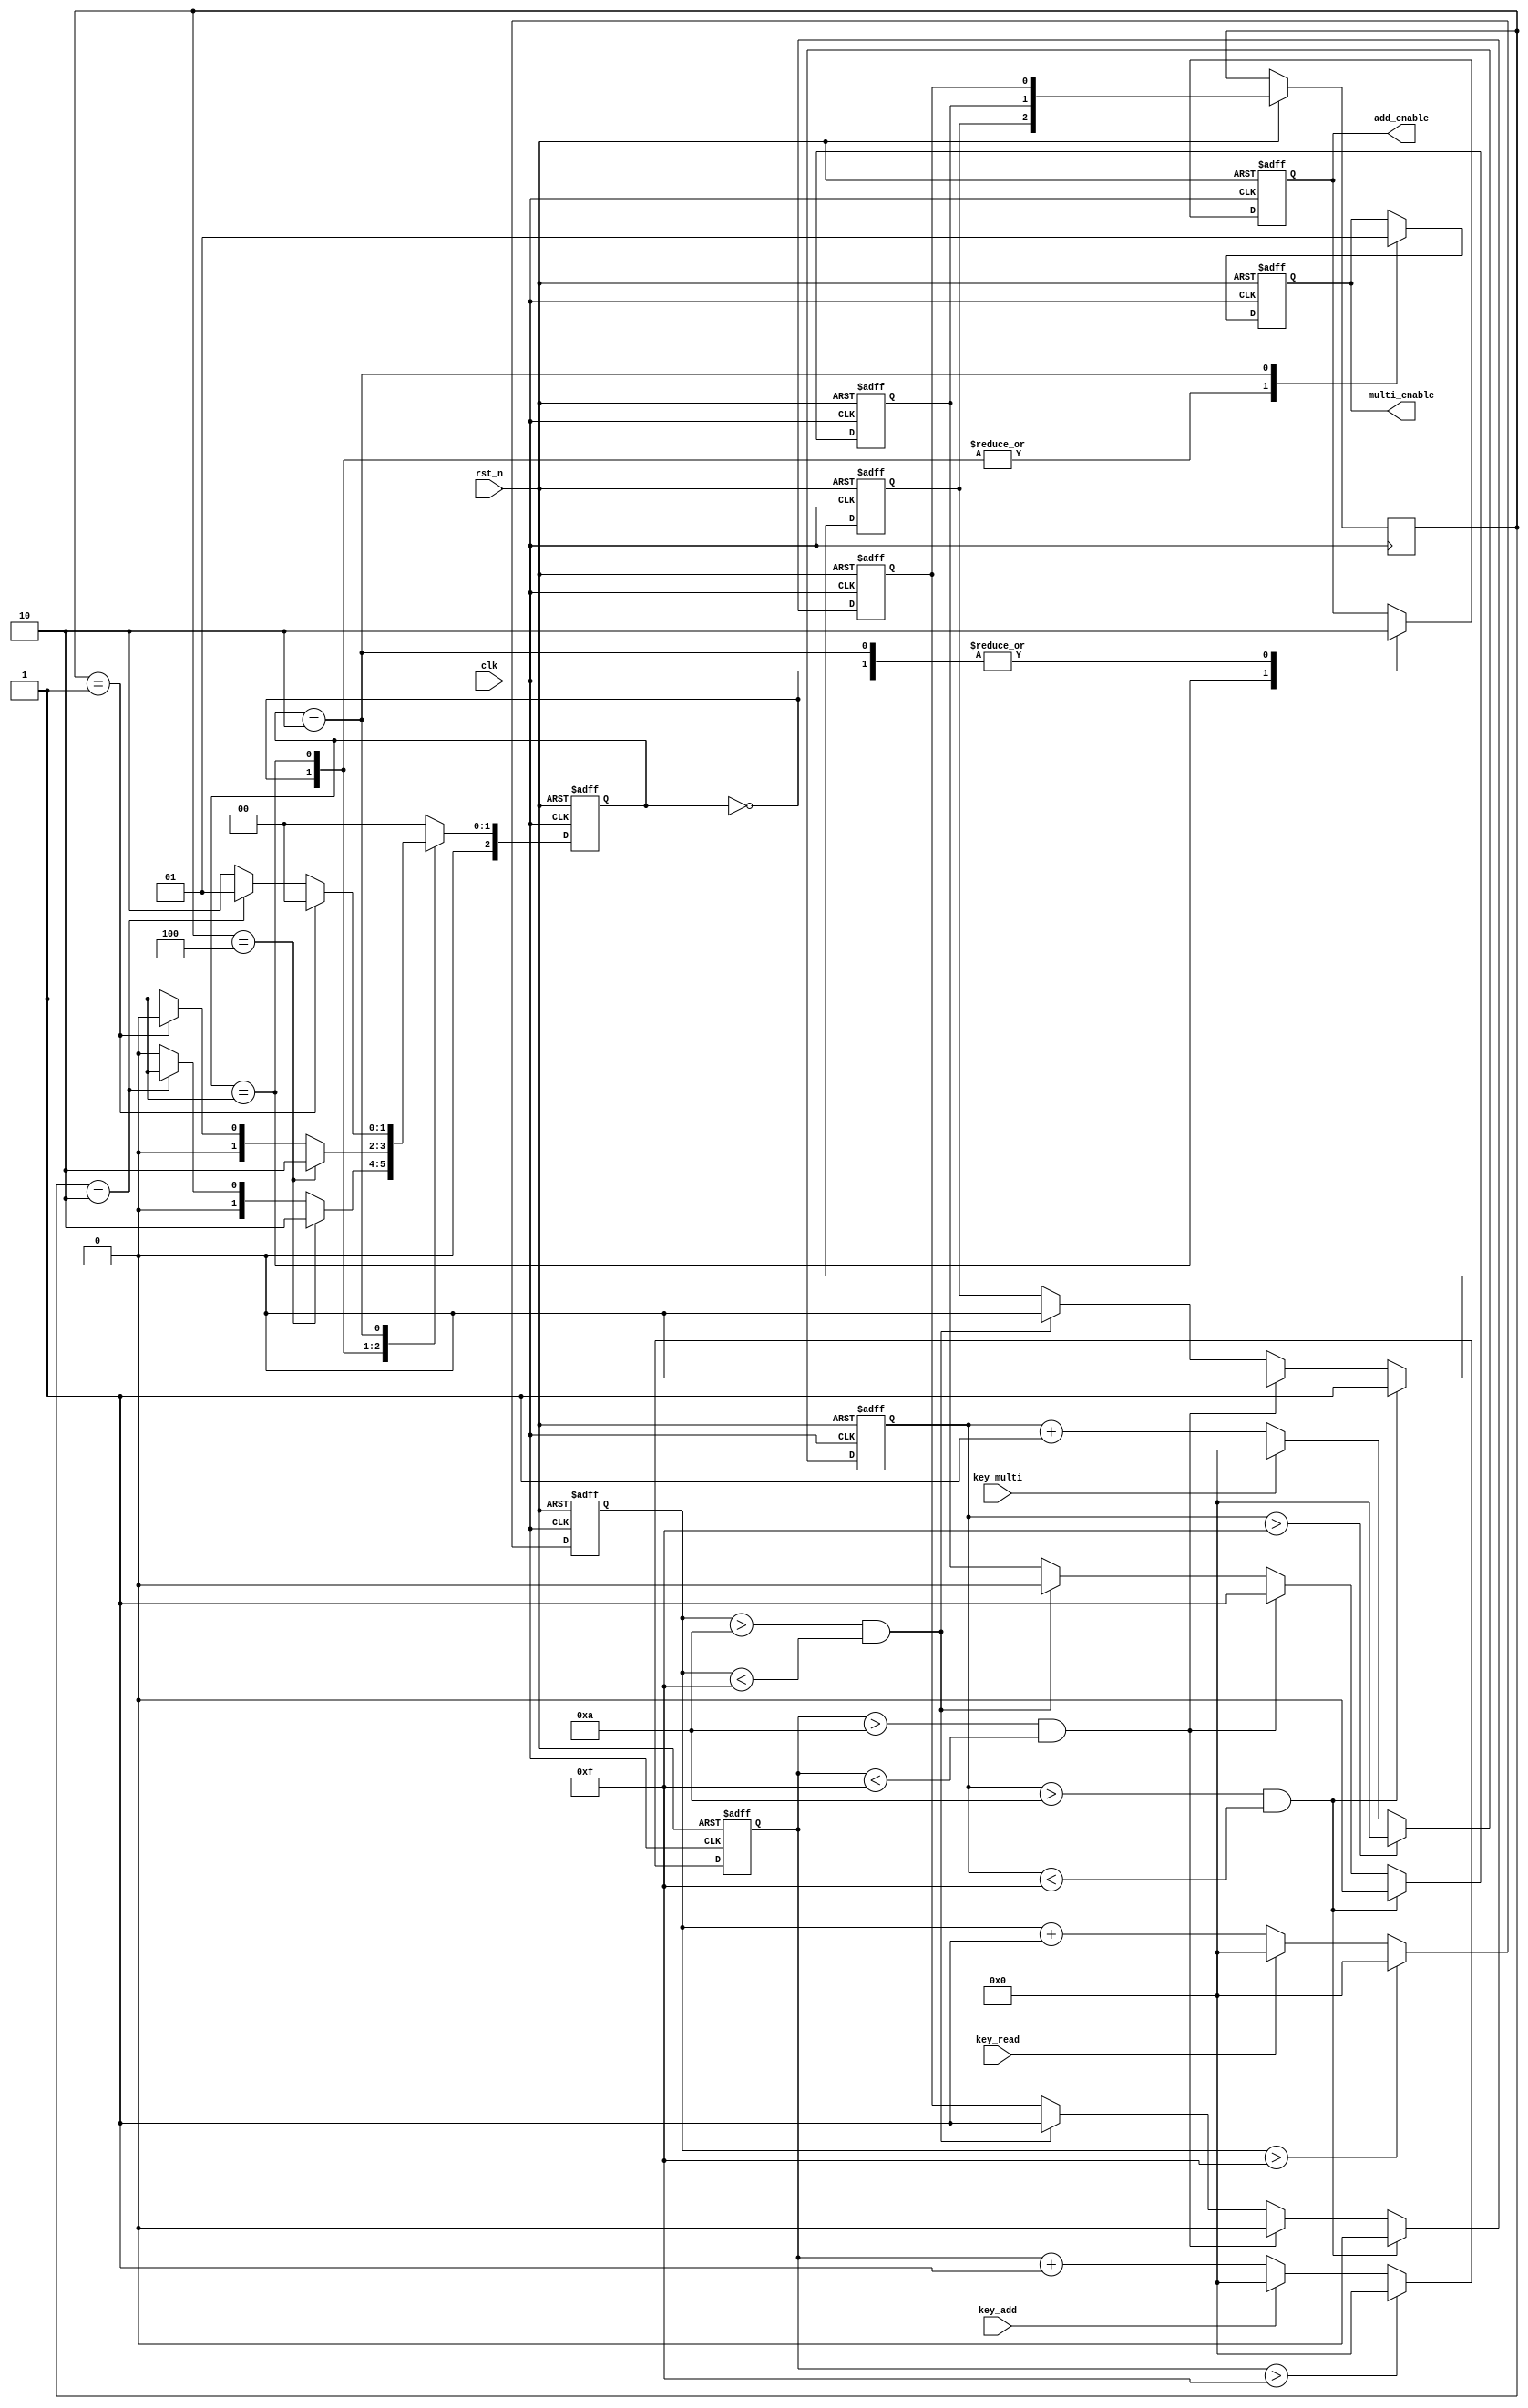
module Function_select(clk, rst_n, key_read, key_add, key_multi, add_enable, multi_enable);

	input        key_read, key_add, key_multi;
	input        clk;
	input        rst_n;
	output       add_enable, multi_enable;
	
	reg          add_enable, multi_enable;
	
	parameter 	[2:0] 	IDLE=0,ST_ADD=1,ST_MULT=2;
	reg			[2:0] 	currentstate, nextstate;
	reg			[3:0] 	Key1_count, Key2_count, Key3_count;
	reg			     		IDLE_flag, ST_ADD_flag, ST_MULT_flag;
	reg 			[2:0]		control;
	
	always @(posedge clk or negedge rst_n)
	begin 
		if(!rst_n)
			begin
				Key1_count <= 4'd0;
				Key2_count <= 4'd0;
				Key3_count <= 4'd0;
			end 			 
		else 
			begin
				if(~key_read) 
					begin
						Key1_count <= Key1_count + 1'b1;
					end
				else 
					begin
						Key1_count <= 1'b0;
					end
				
				if(Key1_count > 4'd15)
					begin
						Key1_count <= 4'd0;
					end
				 
			if(~key_add) 
					begin
						Key2_count <= Key2_count + 1'b1;
					end
				else 
					begin
						Key2_count <= 1'b0;
					end
				if(Key2_count > 4'd15)
					begin
						Key2_count <= 4'd0;
					end
					
				if(~key_multi) 
					begin
						Key3_count <= Key3_count + 1'b1;
					end
				else 
					begin
						Key3_count <= 1'b0;
					end
					
				if(Key3_count > 4'd15)
					begin
						Key3_count <= 4'd0;
					end
			end
	end
		
	always @(posedge clk or negedge rst_n)
	begin 
	  if(!rst_n)
		begin
			IDLE_flag <= 1'b0;
			ST_ADD_flag <= 1'b0;
			ST_MULT_flag <= 1'b0;	
		end			 
	  else 
		begin
			if(Key1_count > 4'd10 && Key1_count < 4'd15) 
				begin
					IDLE_flag <= 1'b1;
					ST_ADD_flag <= 1'b0;
					ST_MULT_flag <= 1'b0;					
				end
				
			if(Key2_count > 4'd10 && Key2_count < 4'd15) 
				begin
					IDLE_flag <= 1'b0;
					ST_ADD_flag <= 1'b1;
					ST_MULT_flag <= 1'b0;					
				end
				
			if(Key3_count > 4'd10 && Key3_count < 4'd15) 
				begin
					IDLE_flag <= 1'b0;
					ST_ADD_flag <= 1'b0;
					ST_MULT_flag <= 1'b1;	
				end	
			
			control <= {ST_MULT_flag, ST_ADD_flag, IDLE_flag};
		end
	end		

	always @(control or currentstate)
	begin
		nextstate = IDLE;
		case(currentstate)
			IDLE  : if (control == 3'b100)                         
						nextstate = ST_MULT;       
					else if(control == 3'b010)
						nextstate = ST_ADD;
					else
						nextstate = IDLE;
			ST_ADD: if (control == 3'b100)                         
						nextstate = ST_MULT;       
					else if(control == 3'b001)
						nextstate = IDLE;
					else
						nextstate = ST_ADD; 
			ST_MULT:if (control == 3'b001)                         
						nextstate = IDLE;       
					else if(control == 3'b010)
						nextstate = ST_ADD;
					else
						nextstate = ST_MULT; 
			default:  nextstate = IDLE;						
		endcase
	end
		
	always @ (posedge clk or negedge rst_n)
		 begin
			if(!rst_n)
			  currentstate <= IDLE;
			else
			  currentstate <= nextstate;
		 end
		 
	always @(posedge clk or negedge rst_n)
	begin
		if(!rst_n)
			begin
				add_enable <= 0;
				multi_enable <= 0;						
			end
		else
			case(currentstate)
				IDLE    : begin
							add_enable <= 0;
							multi_enable <= 0;						
						  end
				ST_ADD  : begin
							add_enable <= 1;
							multi_enable <= 0;						
						  end  
				ST_MULT : begin
							add_enable <= 0;
							multi_enable <= 1;						
						  end                        
			endcase
	end	

endmodule